Vaccination in Bombay 1874-1876 - 1874-1876
Year: 1874
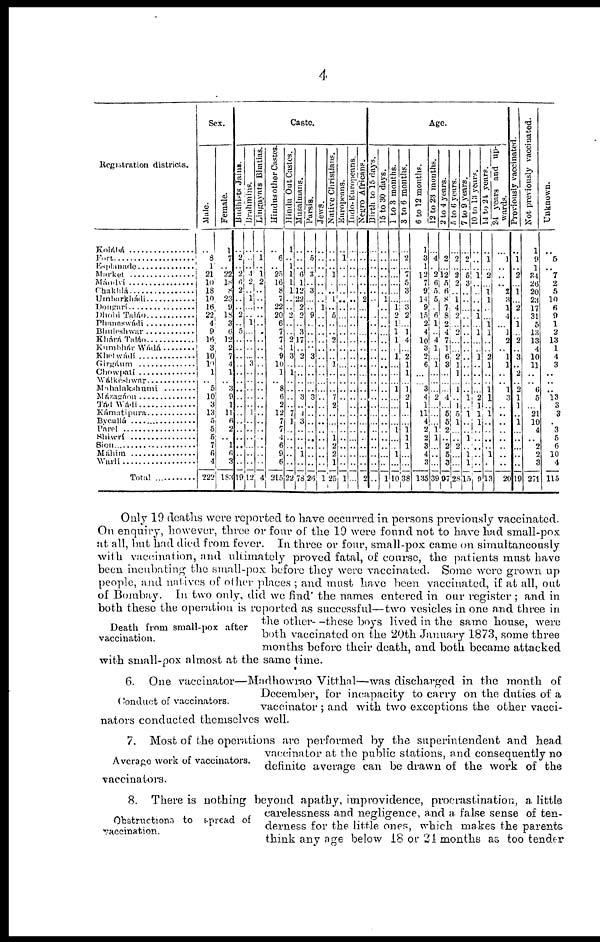
4
Registration districts.
Kolábá.
Fort ........................
Esplanade................
Market..................
Mándví..................
Chakhlá..................
Umbarkhádi............
Dongarí..................
Dhobi Taláo............
Phanaswádi..............
Bhuleshwar..............
Khárá Taláo..............
Kumbhár Wádá........
Khetwádí................
Girgáum..................
Chowpatí................
Wálkéshwar..............
Mahalakshami..........
Mázagáon................
Tád Wádi................
Kámatipura..............
Bycullá....................
Parel........................
Shiwrí......................
Sion........................
Máhim....................
Warlí......................
Total..................
Sex.
Male.
..
8
1
21
10
18
10
16
22
4
9
16
3
10
10
1
.. 5
10
3
13
5
5
5
7
6
4
222
Female.
1
7
.. 22
18
8
23
9
18
3
6
12
2
7
4
1
.. 3
9
1
11
6
2
.. 1
6
3
183
Caste.
Budhists Jains.
..
2
..
2 6
2
..
.. 2
.. 5
.. ..
..
..
..
..
..
..
.. ..
..
..
..
..
..
..
19
Brahmins.
..
..
.. 4
2
.. 1
..
..
1
..
.. ..
... 3
..
..
..
..
.. 1
..
..
..
..
..
..
12
Lingayats Bhatias.
..
1
..
1
2
..
..
..
..
..
..
.. ..
..
..
..
..
..
..
.. ..
..
..
..
..
..
..
4
Hindus other Castes.
..
6
.. 25
16
8
7
22
20
6
7
7
4
9
10
1
.. 8
6
2
12
7
7
4
6
9
6
215
Hindu Out Castes.
1
.. 1
1
1
1
..
..
2
..
.. 2
1
3
.. 1
..
..
..
.. 7
1
..
..
..
..
..
22
Musalmans.
..
..
.. 6
1
12
22
9
2
.. 3
17
.. 2
..
..
..
.. 3
.. 4
3
..
..
.. 1
..
78
Parsis.
..
5
.. 3
.. 3
..
.. 9
..
..
.. .. 3
..
..
..
.. 3
.. ..
..
..
..
..
..
..
26
Jews.
..
..
..
..
..
..
..
..
..
..
..
.. ..
..
..
..
..
..
..
.. ..
..
..
..
..
..
..
1
Native Christians.
..
..
.. 1
..
.. 1
.. 5
..
.. 2
..
.. 1
..
..
.. 7
2
..
..
.. 1
2
2
1
25
Europeans.
..
1
..
..
..
..
..
..
..
..
..
.. ..
..
..
..
..
..
..
.. ..
..
..
..
..
..
..
1
Indo-Europeans.
..
..
..
..
..
..
..
..
..
..
..
.. ..
..
..
..
..
..
..
.. ..
..
..
..
..
..
..
..
Negro Africans.
..
..
..
..
..
..
..
..
..
..
..
.. ..
..
..
..
..
..
..
.. ..
..
..
..
..
..
..
2
Age.
Birth to 15 days.
..
..
..
..
..
..
..
..
..
..
..
.. ..
..
..
..
..
..
..
.. ..
..
..
..
..
..
..
15 to 30 days.
..
..
..
..
..
..
..
..
..
..
..
..
..
..
..
..
..
..
.. ..
..
..
..
..
..
..
1
1 to 3 months.
..
..
..
..
..
..
.. 1
2
1
1
1
.. 1
..
..
.. 1
..
.. ..
.. 1
..
.. 1
..
10
3 to 6 months.
..
2
...
.. 5
3
.. 3
2
.. 1
4
..
2
1
1
.. 1
2
1
..
.. 1
1
1
..
..
38
6 to 12 months.
1
3
1
12
7
9
14
9
15
2
4
l0
3
2
6
..
.. 3
4
1
11
4
2
2
3
4
3
135
12 to 23 months.
..
4
.. 2
6
5
5
.. 6
1
.. 4
1
... 1
..
..
.. 2
.. ..
.. 1
1
..
..
39
2 to 4 years.
..
..
.. 12
5 6
8
7
8
2 4
7
1
6
3
..
..
.. 4
.. 5
5
2
.. 2
5
3
97
5 to 6 years.
..
2
.. 2
2
.. 1
4
2
.. 2
.. ..
2
1
1
.. 1
.. 1
5
1
..
.. 2
..
...
28
7 to 9 years.
..
2
.. 5
3
..
..
..
..
..
..
.. ..
..
..
..
..
.. 1
.. 1
..
.. 1
.. 1
1
15
10 to 13 years.
..
..
.. 1
..
..
..
.. 1
.. 1
.. ..
1
..
..
..
.. 2
l
1
1
..
..
..
..
..
9
14 to 24 years.
..
1
.. 2
.. 1
1
..
.. 1
1
.. ..
2
1
..
.. 1
1
.. 1
..
..
..
.. 1
..
13
24
years and up-
wards.
..
1
..
..
.. 2
3
1
4
.. 1
2
..
1
1
..
.. 1
3
.. ..
..
..
..
..
..
..
20
Previously vaccinated.
..
1
.. 2
.. 1
.. 2
.. 1
.. 2
..
3
.. 2
.. 2
1
1
.. 1
..
..
..
..
..
19
Not previously vaccinated.
1
9
1
2
26
20
23
17
31
5
13
13
4
10
11
..
.. 6
5
.. 21
10
4
.. 2
2
3
271
Unknown.
..
5
.. 7
2
5
10
6
9
1
2
13
1
4
3
..
..
.. 13
3
3
.. 3
5
6
10
4
115
Death from small-pox after
vaccination.
Only 19 deaths were reported to have occurred in persons previously vaccinated.
On enquiry, however, three or four of the 19 were found not to have had small-pox
at all, but had died from fever. In three or four, small-pox came on simultaneously
with vaccination, and ultimately proved fatal, of course, the patients must have
been incubating the small-pox before they were vaccinated. Some were grown up
people, and natives of other places ; and must have been vaccinated, if at all, out
of Bombay. In two only, did we find' the names entered in our register ; and in
both these the operation is reported as successful—two vesicles in one and three in
the other- -these boys lived in the same house, were
both vaccinated on the 20th January 1873, some three
months before their death, and both became attacked
with small-pox almost at the same time.
Conduct of vaccinators.
6. One vaccinator—Madhowrao Vitthal—was discharged in the month of
December, for incapacity to carry on the duties of a
vaccinator ; and with two exceptions the other vacci-
nators conducted themselves well.
Average work of vaccinators.
7. Most of the operations are performed by the superintendent and head
vaccinator at the public stations, and consequently no
definite average can be drawn of the work of the
vaccinators.
Obstructions to spread of
vaccination.
8. There is nothing beyond apathy, improvidence, procrastination, a little
carelessness and negligence, and a false sense of ten-
derness for the little ones, which makes the parents
think any age below 18 or 24 months as too tender